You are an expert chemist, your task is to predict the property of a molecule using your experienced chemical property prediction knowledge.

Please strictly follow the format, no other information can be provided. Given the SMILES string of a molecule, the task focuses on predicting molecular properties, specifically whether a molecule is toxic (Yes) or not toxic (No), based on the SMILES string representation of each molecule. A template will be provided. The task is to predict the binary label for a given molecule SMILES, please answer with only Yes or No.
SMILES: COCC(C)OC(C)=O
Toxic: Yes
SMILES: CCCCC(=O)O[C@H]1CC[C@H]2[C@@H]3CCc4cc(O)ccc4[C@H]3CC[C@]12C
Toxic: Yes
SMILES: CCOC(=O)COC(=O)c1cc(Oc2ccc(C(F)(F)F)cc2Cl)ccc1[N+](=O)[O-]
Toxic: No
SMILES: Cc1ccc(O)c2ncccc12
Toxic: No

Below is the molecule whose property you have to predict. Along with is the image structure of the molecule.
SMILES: BrCC(Br)C1CCC(Br)C(Br)C1
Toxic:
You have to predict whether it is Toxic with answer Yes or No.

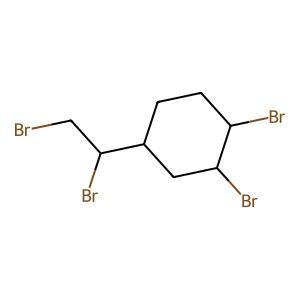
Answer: Yes